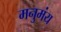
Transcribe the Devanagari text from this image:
मनुमंय